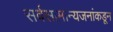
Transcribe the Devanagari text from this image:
सर्वसामान्यजनांकडून